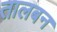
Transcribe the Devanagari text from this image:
तालबन